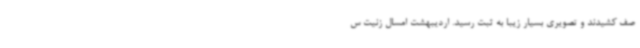
صف کشیدند و تصویری بسیار زیبا به‌ ثبت رسید. اردیبهشت امسال زنیت س